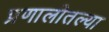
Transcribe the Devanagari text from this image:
प्रणालीतल्या